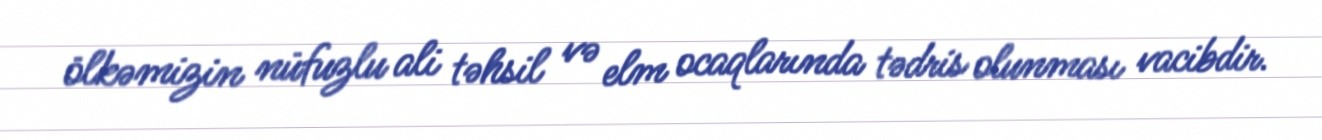
ölkəmizin nüfuzlu ali təhsil və elm ocaqlarında tədris olunması vacibdir.